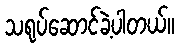
သရုပ်ဆောင်ခဲ့ပါတယ်။